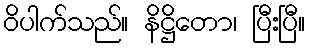
ဝိပါက်သည်။ နိဋ္ဌိတော၊ ပြီးပြီ။